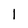
Character: 1